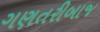
ગણતરીબાજ